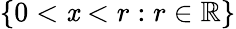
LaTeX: \{ 0<\mathit{x}<r:r\in\mathbb{{R}}\}